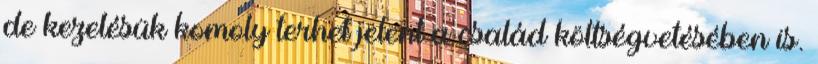
de kezelésük komoly terhet jelent a család költségvetésében is.